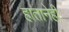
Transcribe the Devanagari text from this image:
हातानेही